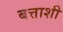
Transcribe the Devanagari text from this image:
बत्ताशी